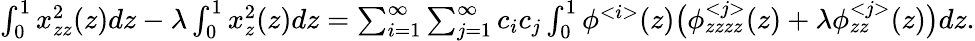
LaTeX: \begin{array}{r}{\int_{0}^{1}x_{zz}^{2}(z)dz-\lambda\int_{0}^{1}x_{z}^{2}(z)dz=\sum_{i=1}^{\infty}\sum_{j=1}^{\infty}c_{i}c_{j}\int_{0}^{1}\phi^{<i>}(z)\big(\phi_{zzzz}^{<j>}(z)+\lambda\phi_{zz}^{<j>}(z)\big)dz.}\end{array}